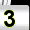
Digit: 3